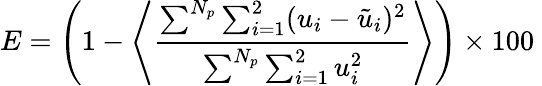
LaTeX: {E}=\left(1-\left\langle\frac{\sum^{N_{p}}\sum_{i=1}^{2}(u_{i}-\tilde{u}_{i})^{2}}{\sum^{N_{p}}\sum_{i=1}^{2}u_{i}^{2}}\right\rangle\right)\times 100\